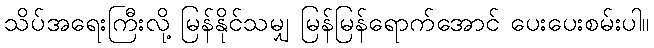
သိပ်အရေးကြီးလို့ မြန်နိုင်သမျှ မြန်မြန်ရောက်အောင် ပေးပေးစမ်းပါ။